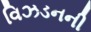
વિઝડનની